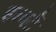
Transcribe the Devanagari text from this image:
इन्वर्ट